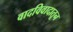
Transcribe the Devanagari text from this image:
वादविवादातून